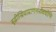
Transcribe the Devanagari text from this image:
बुद्धीन्द्रियाप्राणमनोवचोभिः